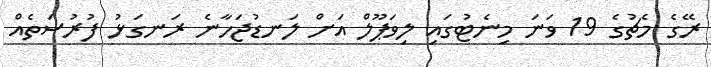
ރޭގެ މެޗުގެ 19 ވަނަ މިނެޓުގައި ލިވަޕޫލް އަށް ލަނޑުޖަހާނެ ރަނގަޅު ފުރުސަތެއް